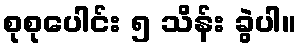
စုစုပေါင်း ၅ သိန်း ခွဲပါ။